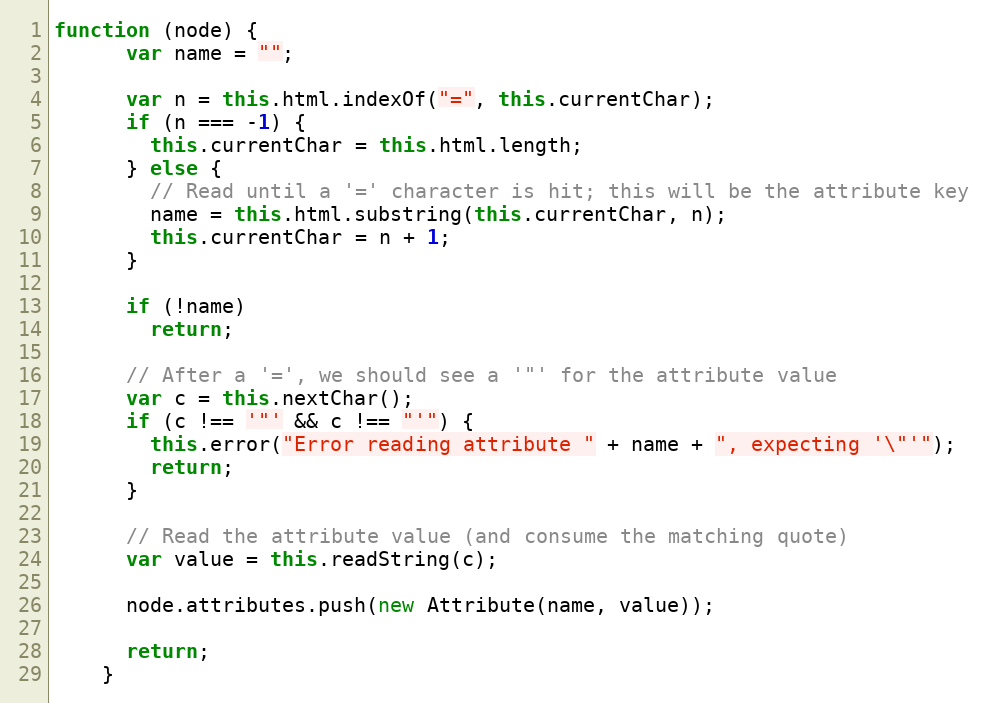
Language: JavaScript
function (node) {
      var name = "";

      var n = this.html.indexOf("=", this.currentChar);
      if (n === -1) {
        this.currentChar = this.html.length;
      } else {
        // Read until a '=' character is hit; this will be the attribute key
        name = this.html.substring(this.currentChar, n);
        this.currentChar = n + 1;
      }

      if (!name)
        return;

      // After a '=', we should see a '"' for the attribute value
      var c = this.nextChar();
      if (c !== '"' && c !== "'") {
        this.error("Error reading attribute " + name + ", expecting '\"'");
        return;
      }

      // Read the attribute value (and consume the matching quote)
      var value = this.readString(c);

      node.attributes.push(new Attribute(name, value));

      return;
    }